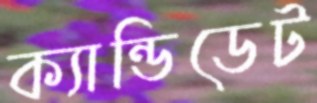
ক্যান্ডিডেট